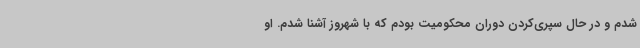
شدم و در حال سپری‌کردن دوران محکومیت بودم که با شهروز آشنا شدم. او